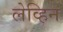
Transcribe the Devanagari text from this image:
लेव्हिन